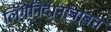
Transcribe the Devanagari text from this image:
लिंगनिदानाबाबत